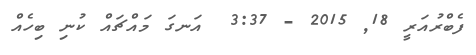
ފެބްރުއަރީ 18